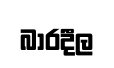
බාරදීල